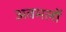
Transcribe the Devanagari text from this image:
अवमलों